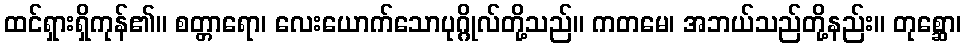
ထင်ရှားရှိကုန်၏။ စတ္တာရော၊ လေးယောက်သောပုဂ္ဂိုလ်တို့သည်။ ကတမေ၊ အဘယ်သည်တို့နည်း။ တုစ္ဆော၊